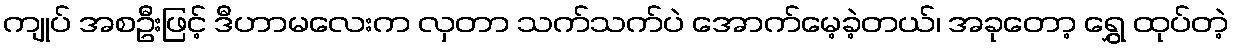
ကျုပ် အစဦးဖြင့် ဒီဟာမလေးက လှတာ သက်သက်ပဲ အောက်မေ့ခဲ့တယ်၊ အခုတော့ ရွှေ ထုပ်တဲ့